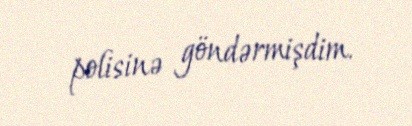
polisinə göndərmişdim.